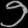
Digit: ၁